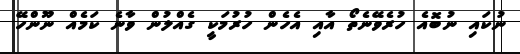
ނުކައި ނުބޮއެ ހުރެވޭނެތޯ އާއި އެހެން ހުރުމަކީ ގެއްލުން ވާނެ ކަމެއް ނޫންހޭ